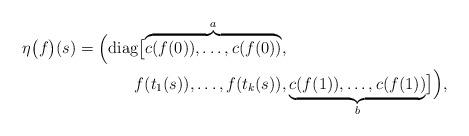
LaTeX: \begin{align*}\begin{aligned}\eta\bigl(f\bigr)(s) = \Bigl( \operatorname{diag}\bigl[\overbrace{c(f(0)), \dots, c(f(0))}^a, & \\f(t_1(s)), \dots, f(t_k(s)), &\underbrace{c(f(1)), \dots, c(f(1))}_b \bigr] \Bigr), \end{aligned}\end{align*}